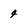
Character: 4